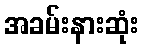
အခမ်းနားဆုံး